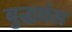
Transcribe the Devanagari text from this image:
बुद्धबंस